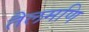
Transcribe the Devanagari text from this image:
तैलमणि